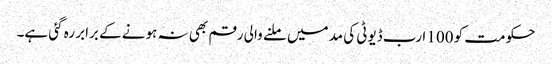
حکومت کو 100 ا رب ڈیوٹی کی مد میں ملنے والی رقم بھی نہ ہونے کے برابر رہ گئی ہے۔